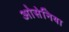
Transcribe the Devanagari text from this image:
ओसेनिया